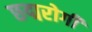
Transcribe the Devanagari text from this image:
छद्मरोगी